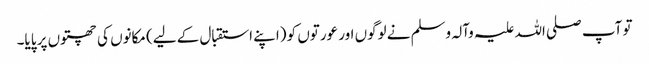
تو آپ صلی اللہ علیہ وآلہ وسلم نے لوگوں اور عورتوں کو (اپنے استقبال کے لیے) مکانوں کی چھتوں پر پایا۔